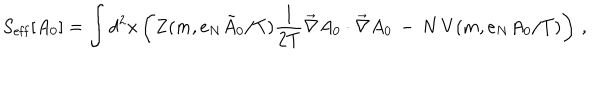
LaTeX: S _ { \mathrm { e f f } } [ A _ { 0 } ] = \int d ^ { 2 } x \left( Z ( m , e _ { N } { \tilde { A } } _ { 0 } / { { T } } ) \frac { 1 } { 2 T } \vec { \nabla } A _ { 0 } \cdot \vec { \nabla } A _ { 0 } \, - \, N \, V ( m , e _ { N } A _ { 0 } / { T } ) \right) \, ,